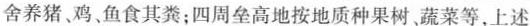
舍养猪、鸡、鱼食其粪；四周垒高地按地质种果树蔬菜等，上述